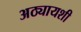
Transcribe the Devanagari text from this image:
अठ्यायशी